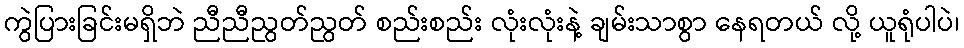
ကွဲပြားခြင်းမရှိဘဲ ညီညီညွတ်ညွတ် စည်းစည်း လုံးလုံးနဲ့ ချမ်းသာစွာ နေရတယ် လို့ ယူရုံပါပဲ၊